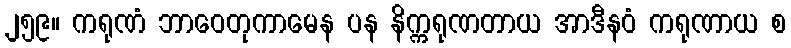
၂၅၉။ ကရုဏံ ဘာဝေတုကာမေန ပန နိက္ကရုဏတာယ အာဒီနဝံ ကရုဏာယ စ